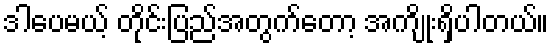
ဒါပေမယ့် တိုင်းပြည်အတွက်တော့ အကျိုးရှိပါတယ်။